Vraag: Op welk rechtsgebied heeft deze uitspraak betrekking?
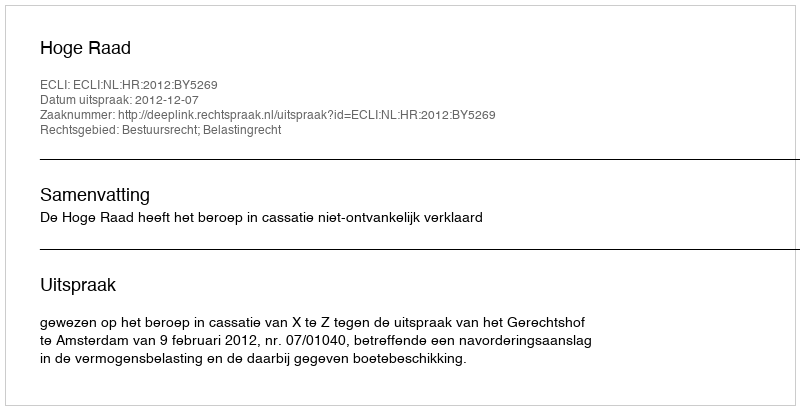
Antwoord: Bestuursrecht; Belastingrecht